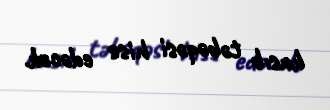
kasıb təbəqəsi hiss edəcək.